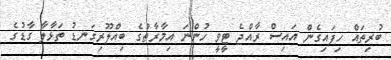
ބުރިތައް ހިފައިގެން އައިސް ރާއްޖެ ޓީވީ ހުންނަ އިމާރާތުގެ ބިއްލޫރިގަނޑު ތަޅާލާ ގާޑުގެ